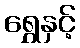
ရွှေနှင့်